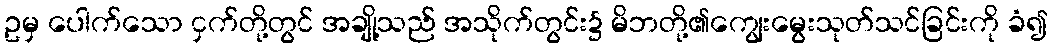
ဥမှ ပေါက်သော ငှက်တို့တွင် အချို့သည် အသိုက်တွင်း၌ မိဘတို့၏ကျွေးမွေးသုတ်သင်ခြင်းကို ခံ၍